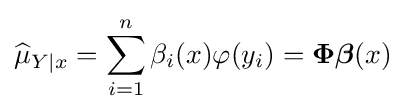
{\widehat {\mu }}_{Y\mid x}=\sum _{i=1}^{n}\beta _{i}(x)\varphi (y_{i})={\boldsymbol {\Phi }}{\boldsymbol {\beta }}(x)